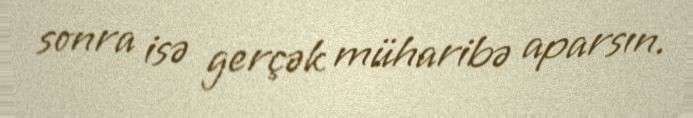
sonra isə gerçək müharibə aparsın.